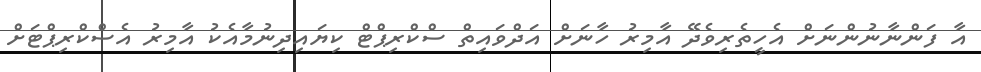
އާ ފަންނާނުންނަށް އެހީތެރިވެދޭ އާމިރު ހާނަށް އަދްވައިތް ސްކްރިޕްޓް ކިޔައިދިނުމާއެކު އާމިރު އެސްކްރިޕްޓަށް